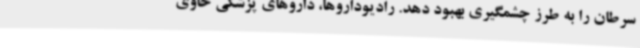
سرطان را به طرز چشمگیری بهبود دهد. رادیوداروها، داروهای پزشکی حاوی